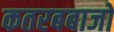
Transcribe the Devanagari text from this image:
कतरबबाजों